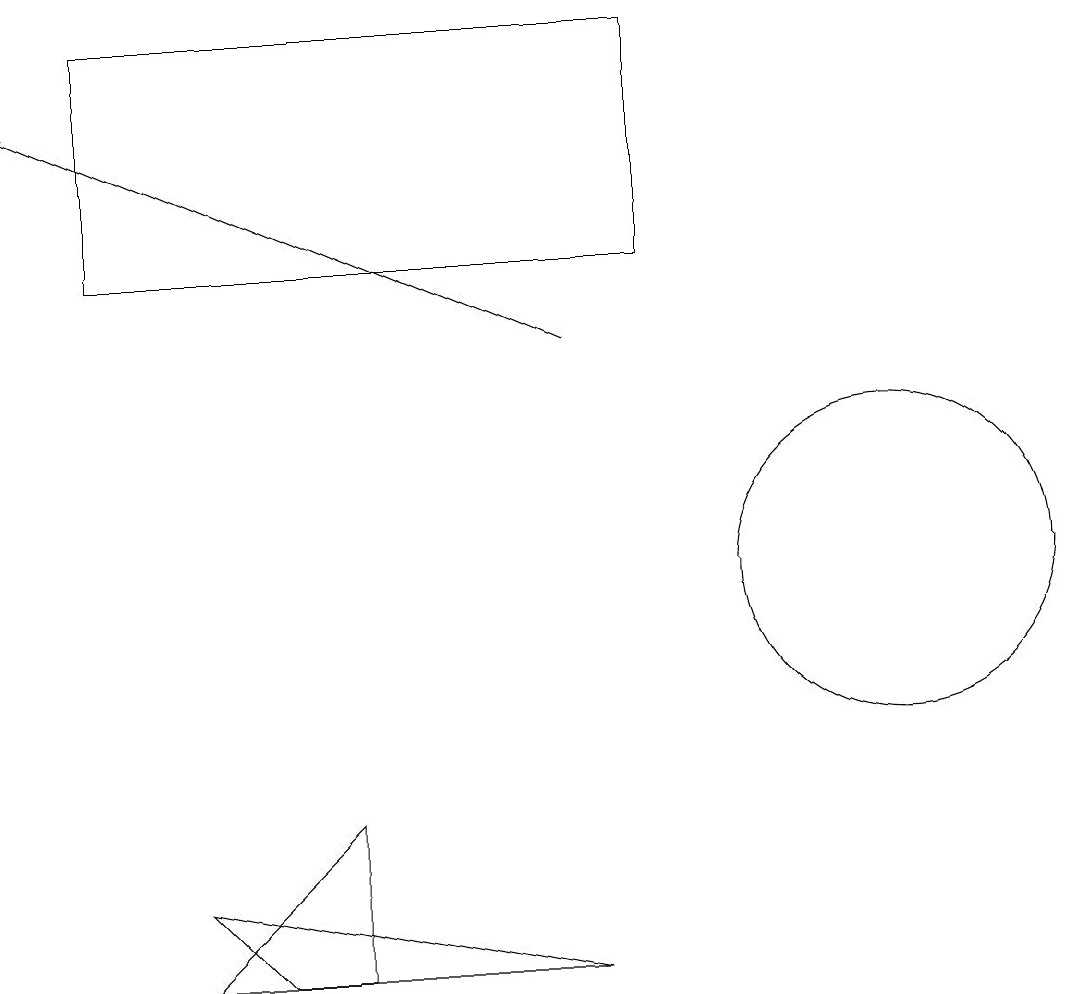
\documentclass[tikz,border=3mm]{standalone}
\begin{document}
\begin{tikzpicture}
\draw (4,6) -- (4,8) -- (2,6) -- cycle;
\draw[->] (7,14) -- (0,17);
\draw (11,11) circle (2);
\draw (2,7) -- (3,6) -- (7,6) -- cycle;
\draw (1,18) rectangle (8,15);
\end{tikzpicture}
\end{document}